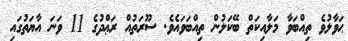
ޙަވާލުވެ ތިއްބަވާ މަލާއިކަތް ބޭކަލުން ތިއްބަވައެވެ. ސޫރަތުއް ރަޢްދުގެ 11 ވަނަ އާޔަތުގައި